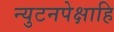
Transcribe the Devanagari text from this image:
न्युटनपेक्षाहि